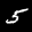
Label: 5